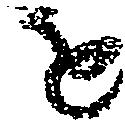
を